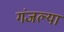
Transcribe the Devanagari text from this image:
गंजल्या